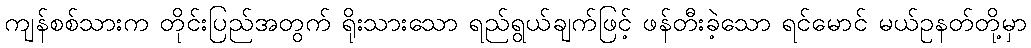
ကျန်စစ်သားက တိုင်းပြည်အတွက် ရိုးသားသော ရည်ရွယ်ချက်ဖြင့် ဖန်တီးခဲ့သော ရင်မောင် မယ်ဥနတ်တို့မှာ